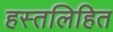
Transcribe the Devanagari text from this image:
हस्तलिहित